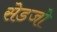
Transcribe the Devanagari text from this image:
सेडजो